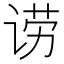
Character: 𬣿